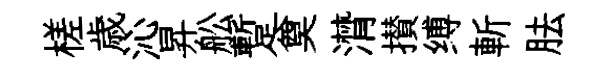
槎歳沁昇舩蹔奠潸攅缚斬胠